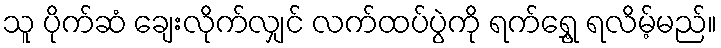
သူ ပိုက်ဆံ ချေးလိုက်လျှင် လက်ထပ်ပွဲကို ရက်ရွှေ့ ရလိမ့်မည်။